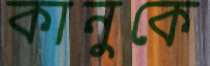
কানুকে